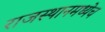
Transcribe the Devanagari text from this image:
राजस्थानमध्येच